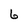
Character: 6